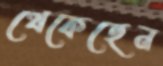
থেকেছেন